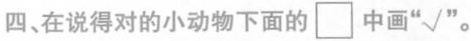
四、在说得对的小动物下面的 \Box 中画“√”。